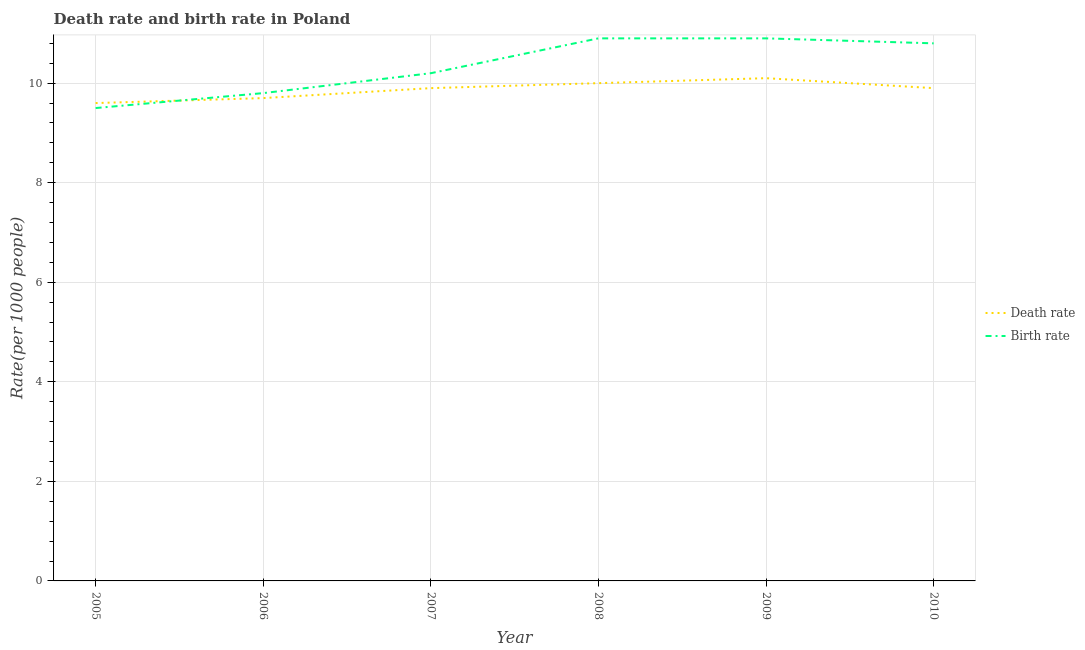
| Year | Death rate | Birth rate |
 | --- | --- | --- |
 | 2005 | 9.6 | 9.5 |
 | 2006 | 9.7 | 9.8 |
 | 2007 | 9.9 | 10.2 |
 | 2008 | 10 | 10.9 |
 | 2009 | 10.1 | 10.9 |
 | 2010 | 9.9 | 10.8 |